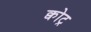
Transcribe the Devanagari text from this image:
क्वोट्र